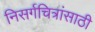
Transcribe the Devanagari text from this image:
निसर्गचित्रांसाठी